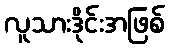
လူသားဒိုင်းအဖြစ်